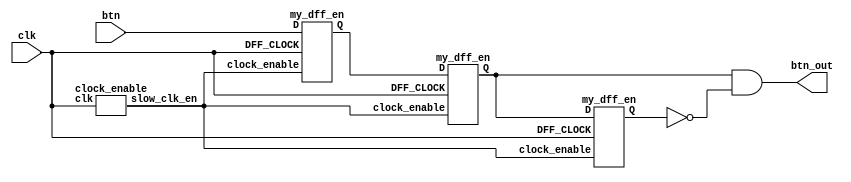
//! Button Clock Debouncer
module Debouncer(input clk, input btn, output btn_out);
    wire slow_clk_en;
    wire Q1,Q2,Q2_bar,Q0;

    clock_enable clock_enable1(clk,slow_clk_en);

    my_dff_en d0(clk,slow_clk_en,btn,Q0);
    my_dff_en d1(clk,slow_clk_en,Q0,Q1);
    my_dff_en d2(clk,slow_clk_en,Q1,Q2);

    assign Q2_bar = ~Q2;
    assign btn_out = Q1 & Q2_bar;
endmodule


// Slow clock enable for debouncing button 
module clock_enable(input clk, output slow_clk_en);
    reg [26:0] counter = 0;

    always @(posedge clk) begin
        //2.5ms (400 pulses/sec)
        //Alhambra-ii   12MHz -> counter limit = 30000 -> 29999
        //Arty 7        100MHz -> counter limit = 250000 -> 249999
        counter <= (counter>=29999) ? 0 : counter+1;    
    end

    assign slow_clk_en = (counter == 29999) ? 1'b1 : 1'b0;
endmodule


// D-flip-flop with clock enable signal for debouncing module 
module my_dff_en(input DFF_CLOCK, clock_enable, D, output reg Q=0);
    always @ (posedge DFF_CLOCK) begin
        if(clock_enable==1) 
                Q <= D;
    end
endmodule